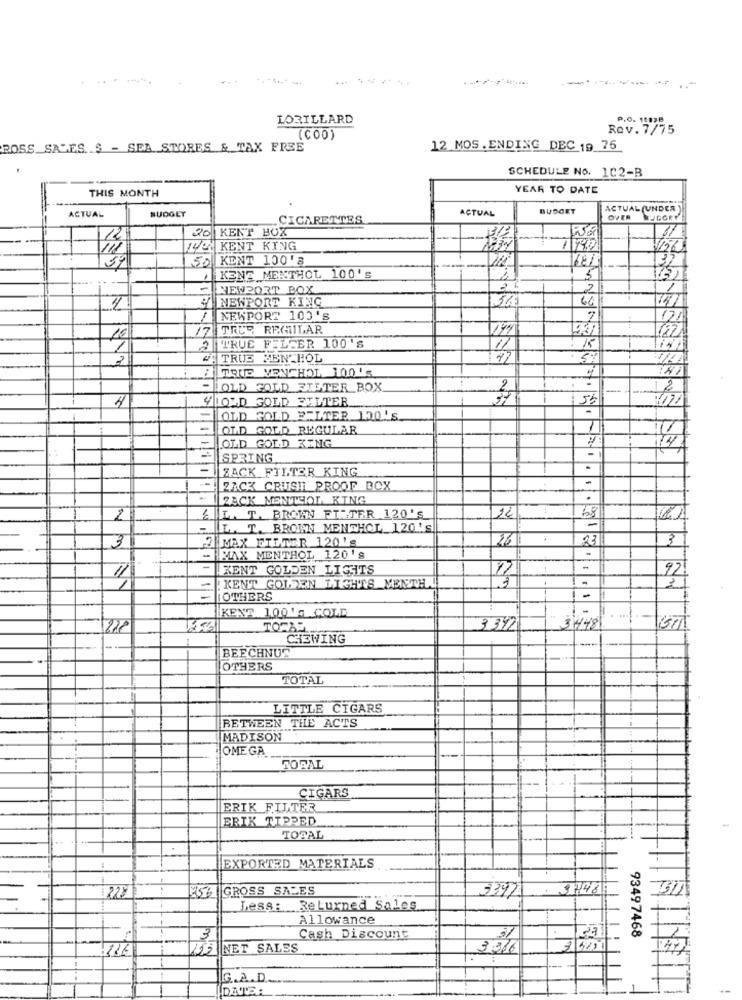
LORILLARD
Rev. 7/75
P.O. 1403P
(COD)
ROSS_SALES S - SEA STORES & TAX FREE
12 MOS.ENDING DEC 19 76
SCHEDULE NO. 102-B
YEAR TO DATE
THIS MONTH
BUDGET
ACTUAL
BUDGET
ACTUAL (UNDER]
ACTUAL
CIGARETTES
OVER
20 KENT BOX
12
31
iii
KENT KING
50 KENT 100'8
57
KENE MENTHOL 100's
5
NEWPORT BOX
2
NEWPORT KING
36
74
4.
NEWPORT 100'S
121
17 TRUE REMILAR
16
122
2 1 TRUE FELCER 100'S
11
TRUS MENTHOL
TOUS MENCHOL 100'S
-
OLD GOLD ETETER BOX
4LO'D GOLD FILTER
155
OLD GOLD RTLTER 120'S
-
OLD GOLD REGULAR
74
OLD GOLD KING
SPRING
ZACK_FILTER KING
ZACK CRUSH PROOF BOX
ZACK MENTHOL KING
2
L. T. BROWN FILTER 120'S
12
68
L. T. BROWN MENTHOL 120's
2 MAX FILTER 120's
26 1
23
3
3
- MAX MENTHOL 120's
KENT GOLDEN LIGHTS
92
KENT GOLDEN LIGHTS MENTH
=
OTHERS
KENS 1001G COLD
3 342
3448
CHEWING
BEECHNUT
OTHERS
TOTAL
LITTLE CIGARS
BETWEEN THE ACTS
MADISON
OMEGA
ROSAL
CIGARS
ERIK FILTER
ERIK TIPPED
TOTAL
EXPORTED MATERIALS
228
GROSS SALES
1746
3397
Less:
Returned Sales
Allowance
93497468
3
Cash Discount
23
225 NET SALES
3916
250
G.A.D.
DATE:
1
-
-